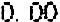
0.00